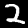
Label: 2